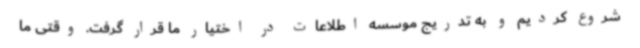
شروع کردیم و به تدریج موسسه اطلاعات در اختیار ما قرار گرفت. وقتی ما